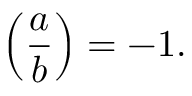
\left( { \frac { a } { b } } \right) = - 1 .